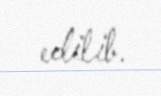
edilib.